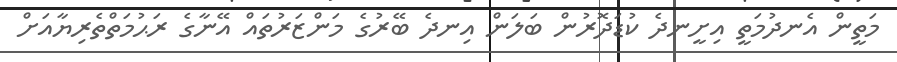
މަތީން އެނދުމަތީ އިށީނދެ ކުޑަދޮރުން ބަލަން އިނދެ ބޭރުގެ މަންޒަރުތައް އޭނާގެ ރަޙުމަތްތެރިޔާއަށް